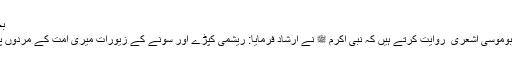
بخاری، مسلم
* حضرت ابوموسی اشعری ؓ روایت کرتے ہیں کہ نبی اکرم ﷺ نے ارشاد فرمایا: ریشمی کپڑے اور سونے کے زیورات میری امت کے مردوں پر حرام ہیں۔